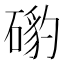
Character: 𥔰